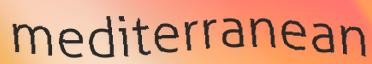
mediterranean